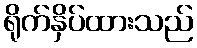
ရိုက်နှိပ်ထားသည်